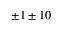
\pm 1 \pm 1 0